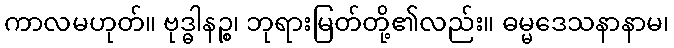
ကာလမဟုတ်။ ဗုဒ္ဓါနဉ္စ၊ ဘုရားမြတ်တို့၏လည်း။ ဓမ္မဒေသနာနာမ၊